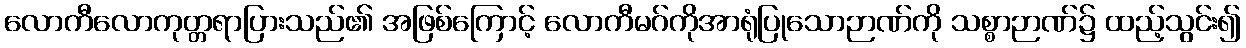
လောကီလောကုတ္တရာပြားသည်၏ အဖြစ်ကြောင့် လောကီမဂ်ကိုအာရုံပြုသောဉာဏ်ကို သစ္စာဉာဏ်၌ ထည့်သွင်း၍